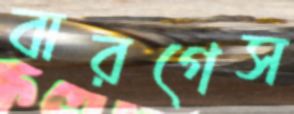
বারগেস